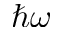
\hbar \omega